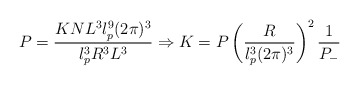
\begin{align*}P=\frac{K N L^3 l^9_p (2 \pi )^3}{l^3_p R^3 L^3} \Rightarrow K=P \left( \frac{R}{l^3_p (2 \pi )^3} \right)^2 \frac{1}{P_-}\end{align*}